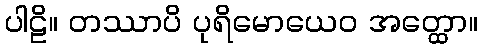
ပါဠိ။ တဿာပိ ပုရိမောယေဝ အတ္ထော။